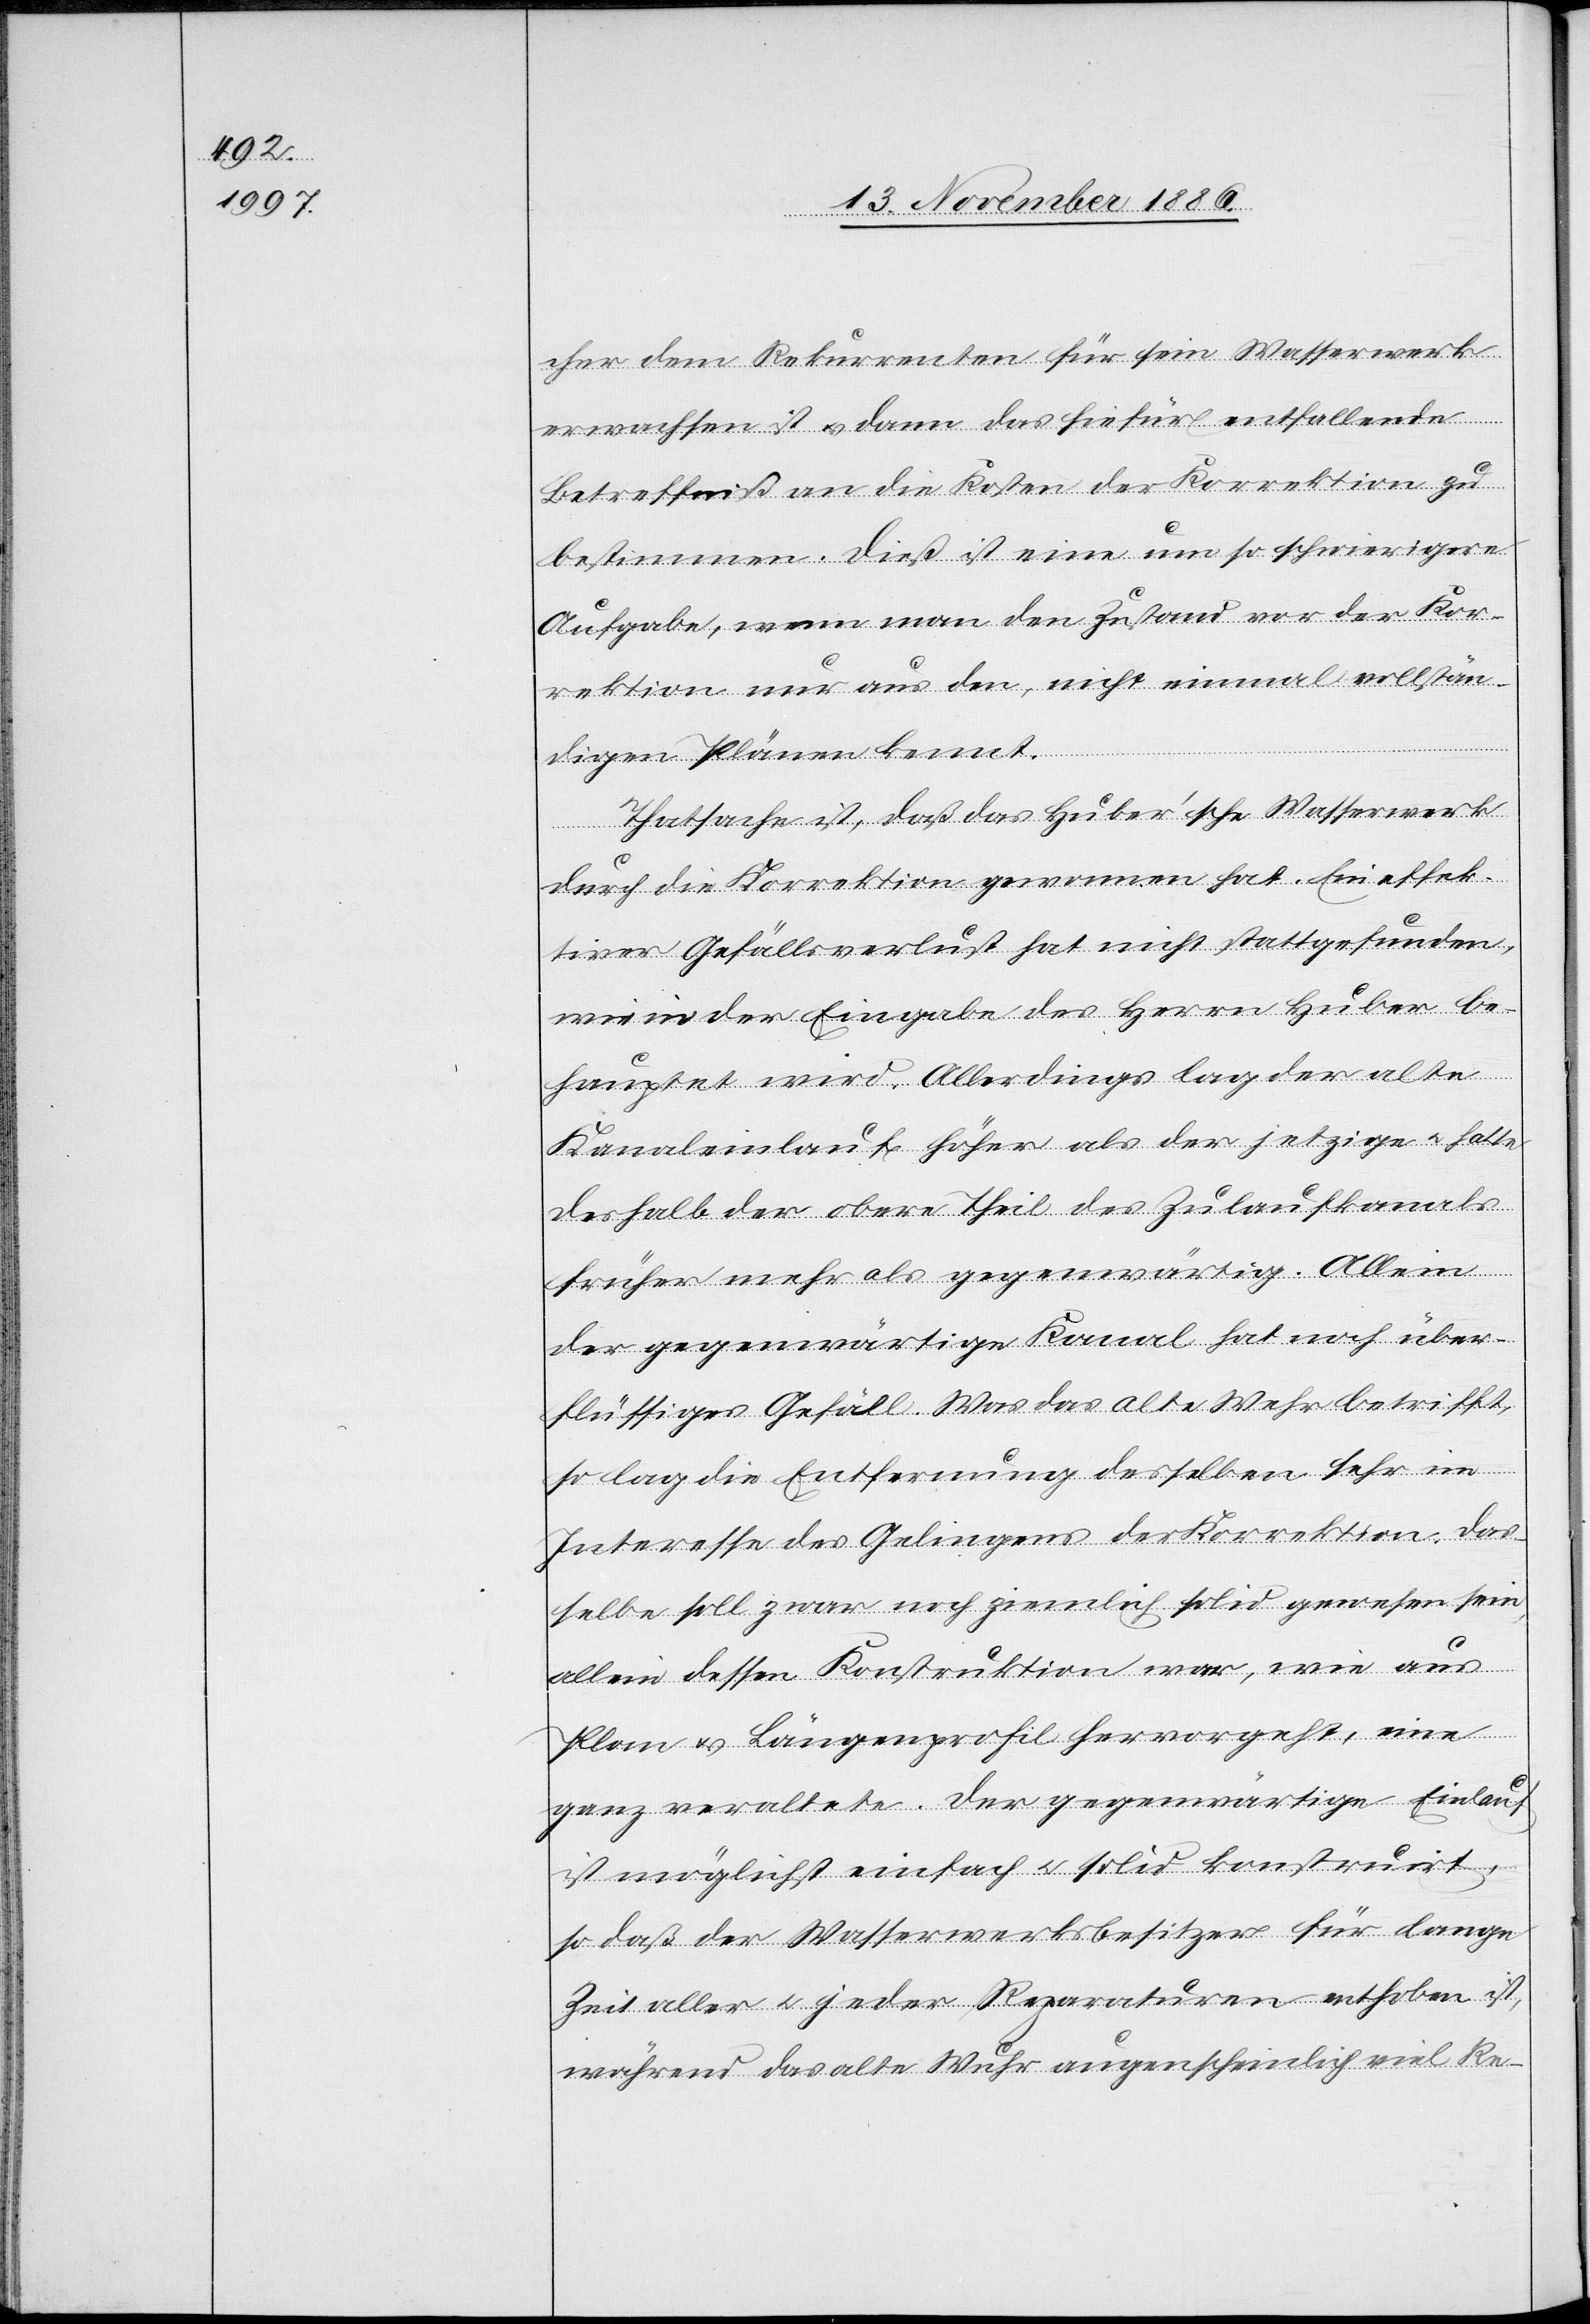
cher dem Rekurrenten für sein Wasserwerk
erwachsen ist & dann das hiefür entfallende
Betreffniß an die Kosten der Korrektion zu
bestimmen. Dies ist eine um so schwierigere
Aufgabe, wenn man den Zustand vor der Kor¬
rektion nur aus den, nicht einmal vollstän¬
digen Plänen kennt.
Thatsache ist, daß das Huber’sche Wasserwerk
durch die Korrektion gewonnen hat. Ein effek¬
tiver Gefällsverlust hat nicht stattgefunden,
wie in der Eingabe des Herrn Huber be¬
hauptet wird. Allerdings lag der alte
Kanaleinlauf höher als der jetzige & hatte
deshalb der obere Theil des Zulaufkanals
früher mehr als gegenwärtig. Allein
der gegenwärtige Kanal hat noch über¬
flüssiges Gefäll. Was das alte Wehr betrifft,
so lag die Entfernung desselben sehr im
Interesse des Gelingens der Korrektion. Das¬
selbe soll zwar noch ziemlich solid gewesen sein,
allein dessen Konstruktion war, wie aus
Plan & Längenprofil hervorgeht, eine
ganz veraltete. Der gegenwärtige Einlauf
ist möglichst einfach & solid konstruirt,
so daß der Wasserwerksbesitzer für lange
Zeit aller & jeder Reparaturen enthoben ist,
während das alte Wuhr augenscheinlich viel Re-